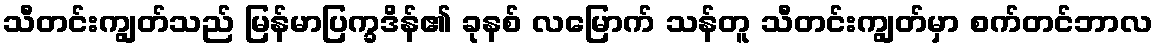
သီတင်းကျွတ်သည် မြန်မာပြက္ခဒိန်၏ ခုနစ် လမြောက် သန်တူ သီတင်းကျွတ်မှာ စက်တင်ဘာလ